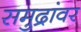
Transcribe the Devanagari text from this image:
समुद्रांवर